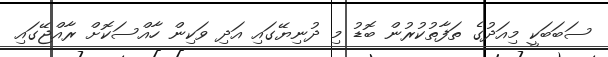
ސަބަބަކީ މިއަދުގެ ތަފާތުކުރުން ބޮޑު މި ދުނިޔޭގައި އަދި ވަކިން ހާއްސަކޮށް ރާއްޖޭގައި